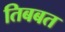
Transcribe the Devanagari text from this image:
तिबबत